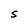
Character: S